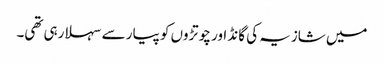
میں شازیہ کی گانڈ اور چوتڑوں کو پیار سے سہلا رہی تھی۔